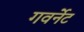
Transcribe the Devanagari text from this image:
गवर्नेट